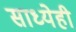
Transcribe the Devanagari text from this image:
साध्येही